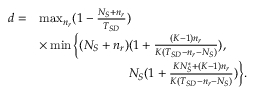
\begin{array} { r l } { d = } & { \operatorname* { m a x } _ { n _ { r } } ( 1 - \frac { N _ { S } + n _ { r } } { T _ { S D } } ) } \\ & { \times \operatorname* { m i n } \bigg \{ ( N _ { S } + n _ { r } ) ( 1 + \frac { ( K - 1 ) n _ { r } } { K ( T _ { S D } - n _ { r } - N _ { S } ) } ) , } \\ & { \quad \quad \quad \quad \quad \quad \quad N _ { S } ( 1 + \frac { K N _ { S } ^ { \ast } + ( K - 1 ) n _ { r } } { K ( T _ { S D } - n _ { r } - N _ { S } ) } ) \bigg \} . } \end{array}